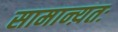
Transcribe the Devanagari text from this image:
सामान्य़तः